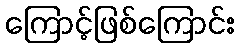
ကြောင့်ဖြစ်ကြောင်း